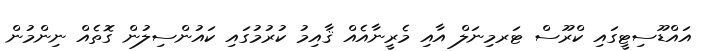
އައްޑޫސިޓީގައި ކްރޫސް ޓަރމިނަލް އާއި މެރީނާއެއް ޤާއިމު ކުރުމުގައި ކައުންސިލުން ގޮތެއް ނިންމުން